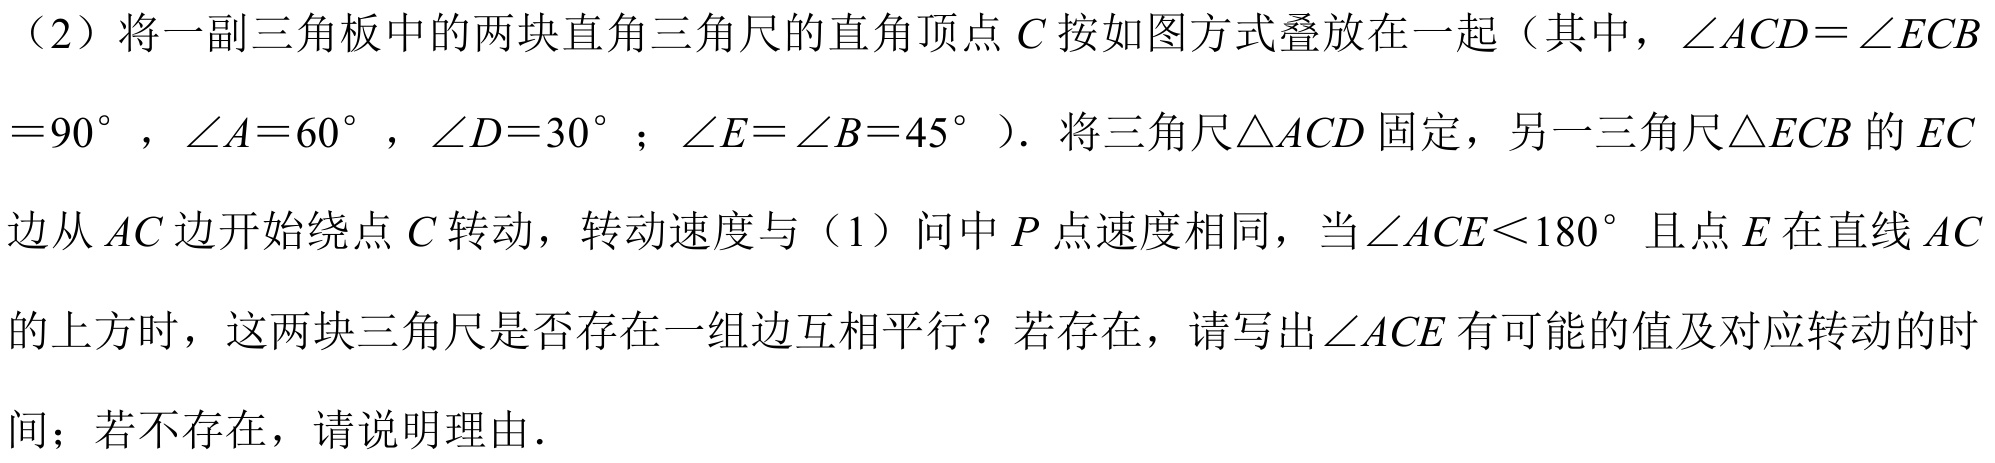
（2）将一副三角板中的两块直角三角尺的直角顶点\(C\)按如图方式叠放在一起（其中，\(\angle ACD = \angle ECB=90^{\circ}\)，\(\angle A = 60^{\circ}\)，\(\angle D = 30^{\circ}\)；\(\angle E=\angle B = 45^{\circ}\)）. 将三角尺\(\triangle ACD\)固定，另一三角尺\(\triangle ECB\)的\(EC\)边从\(AC\)边开始绕点\(C\)转动，转动速度与（1）问中\(P\)点速度相同，当\(\angle ACE<180^{\circ}\)且点\(E\)在直线\(AC\)的上方时，这两块三角尺是否存在一组边互相平行？若存在，请写出\(\angle ACE\)有可能的值及对应转动的时间；若不存在，请说明理由.